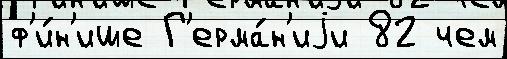
ф'и́н'ише Г'ерма́н'иjи 82 чем